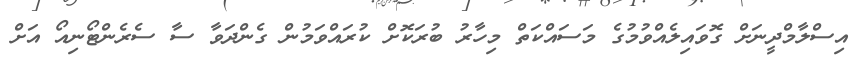
އިސްލާމްދީނަށް ގޮވައިލެއްވުމުގެ މަސައްކަތް މިހާރު ބުރަކޮށް ކުރައްވަމުން ގެންދަވާ ސާ ސެރެންޓޯނިއޯ އަށް